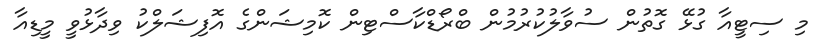
މި ސިޓީއާ ގުޅޭ ގޮތުން ސުވާލުކުރުމުން ބްރޯޑްކާސްޓިން ކޮމިޝަންގެ އޮފިޝަލްކު ވިދާޅުވީ މީޑިއާ